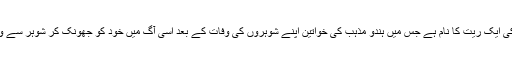
ہند اور سندھ میں ستی ہندومت کی ایک ریت کا نام ہے جس میں ہندو مذہب کی خواتین اپنے شوہروں کی وفات کے بعد اسی آگ میں خود کو جھونک کر شوہر سے وفاداری کا ثبوت دیا کرتی تھیں۔